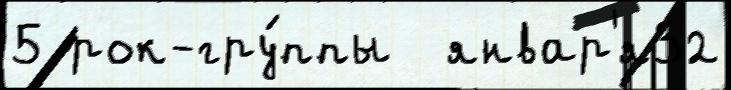
5 рок-гру́ппы  январ'я32